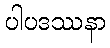
ပါပဒဿနာ